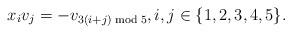
LaTeX: \begin{align*} x_i v_j=-v_{3(i+j)\bmod 5},i,j\in\{1,2,3,4,5\}. \end{align*}